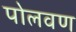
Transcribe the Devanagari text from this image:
पोलवण